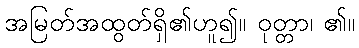
အမြတ်အထွတ်ရှိ၏ဟူ၍။ ဝုတ္တာ၊ ၏။